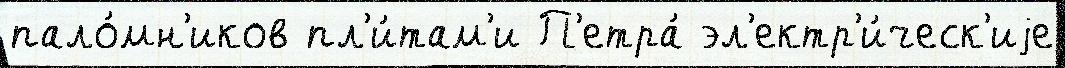
пало́мн'иков пл'и́там'и П'етра́ эл'ектр'и́ческ'иjе